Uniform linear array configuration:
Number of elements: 8
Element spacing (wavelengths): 1
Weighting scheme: binomial
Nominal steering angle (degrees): -45
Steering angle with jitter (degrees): -45.974
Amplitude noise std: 0.05
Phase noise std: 0.05

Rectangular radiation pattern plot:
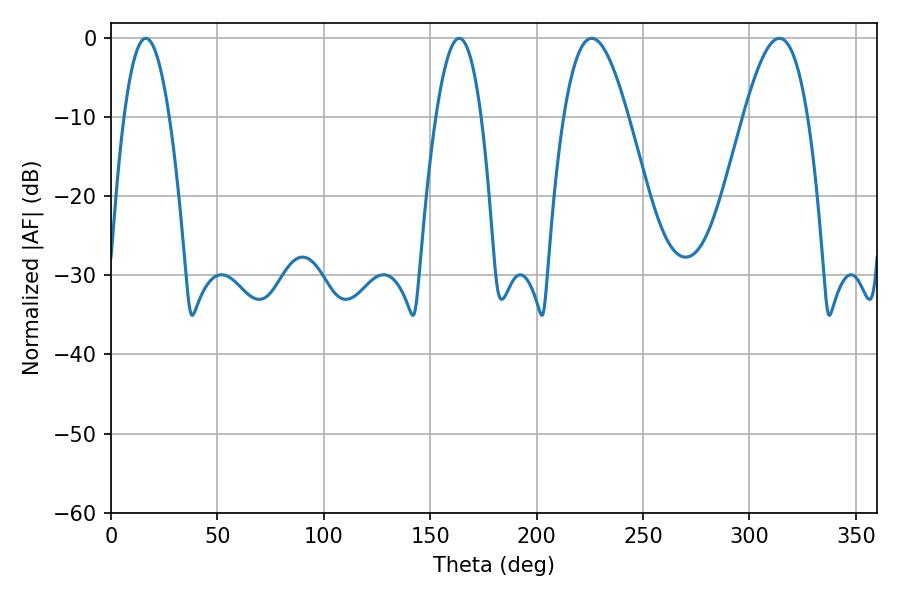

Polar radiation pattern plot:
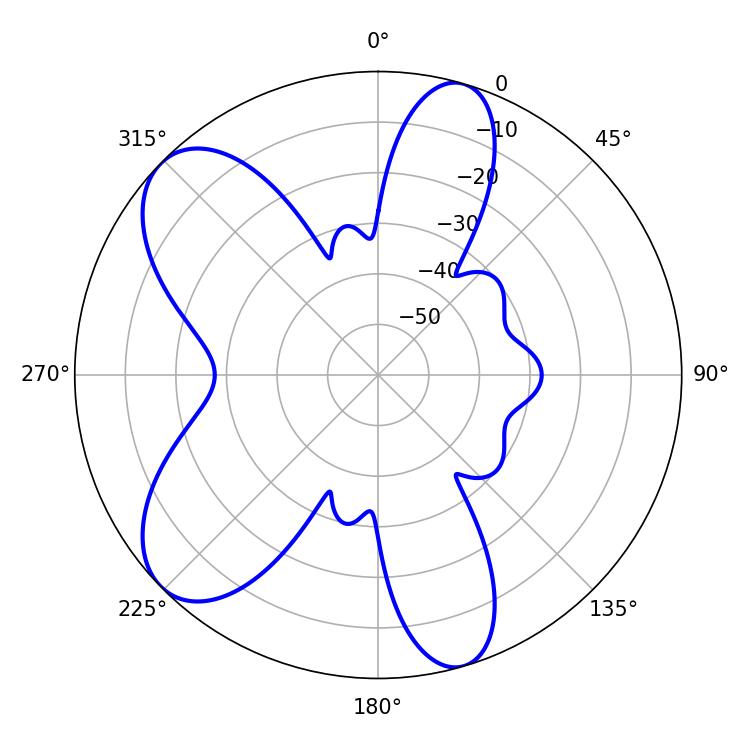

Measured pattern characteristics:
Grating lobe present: TRUE
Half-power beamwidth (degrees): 16.38
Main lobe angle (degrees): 225.9